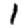
Digit: 1